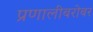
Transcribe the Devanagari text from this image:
प्रणालीबरोबर